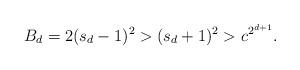
LaTeX: \begin{align*}B_d=2(s_d-1)^2 > (s_d + 1)^2 > c^{2^{d+1}}.\end{align*}